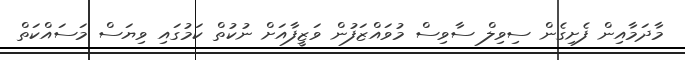
މާދަމާއިން ފެށިގެން ސިވިލް ސާވިސް މުވައްޒަފުން ވަޒީފާއަށް ނުކުތް ކަމުގައި ވިޔަސް މަސައްކަތް